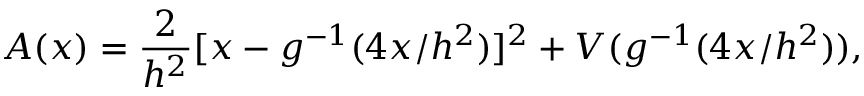
A ( x ) = { \frac { 2 } { h ^ { 2 } } } [ x - g ^ { - 1 } ( 4 x / h ^ { 2 } ) ] ^ { 2 } + V ( g ^ { - 1 } ( 4 x / h ^ { 2 } ) ) ,